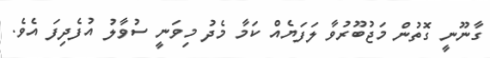
ގާނޫނީ ގޮތުން މަޖުބޫރުވާ ލަފަޔެއް ކަމާ މެދު މިވަނީ ސުވާލު އުފެދިފަ އެވެ.